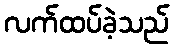
လက်ထပ်ခဲ့သည်